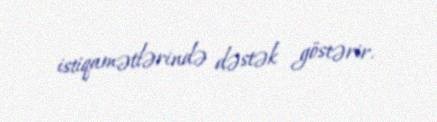
istiqamətlərində dəstək göstərir.